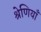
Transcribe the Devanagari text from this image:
श्रेणियॉं